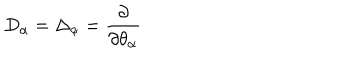
D _ { \alpha } = \Delta _ { \alpha } = \frac { \partial } { \partial \theta _ { \alpha } }